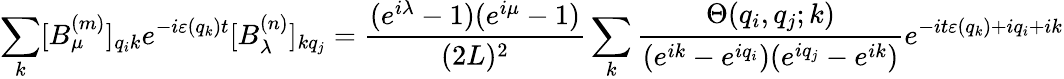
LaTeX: \sum_{k}[B_{\mu}^{(m)}]_{q_{i}k}e^{-i\varepsilon(q_{k})t}[B_{\lambda}^{(n)}]_{kq_{j}}=\frac{(e^{i\lambda}-1)(e^{i\mu}-1)}{(2L)^{2}}\sum_{k}\frac{\Theta(q_{i},q_{j};k)}{(e^{ik}-e^{iq_{i}})(e^{iq_{j}}-e^{ik})}e^{-it\varepsilon(q_{k})+iq_{i}+ik}